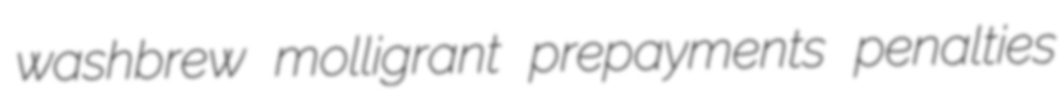
washbrew molligrant prepayments penalties